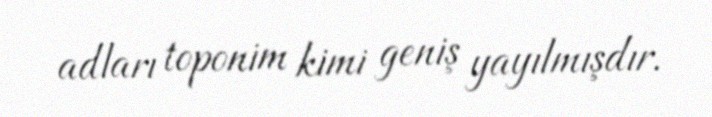
adları toponim kimi geniş yayılmışdır.